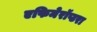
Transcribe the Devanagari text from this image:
एफिमेरॉप्टरा